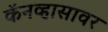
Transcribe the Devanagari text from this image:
कॅनव्हासावर